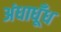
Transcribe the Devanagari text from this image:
अंधाधूँध